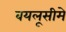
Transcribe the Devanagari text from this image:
बयलूसीमे